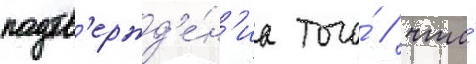
подтв'ержд'е́н'иа того́ / что́